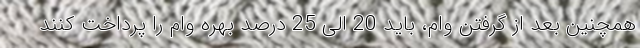
همچنین بعد از گرفتن وام، باید 20 الی 25 درصد بهره وام را پرداخت کنند